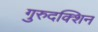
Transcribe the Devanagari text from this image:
गुरुदक्शिन